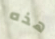
هذه